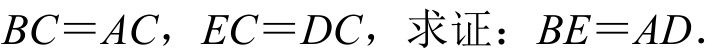
\(BC = AC\)，\(EC = DC\)，求证：\(BE = AD\).